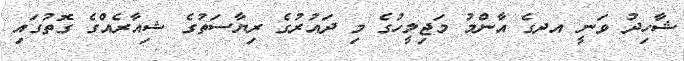
ޝާހިދު ވަނީ އދގެ އާންމު މަޖިލީހުގެ މި ދައުރުގެ ރިޔާސަތުގެ ޝިއާރެއްގެ ގޮތުގައި